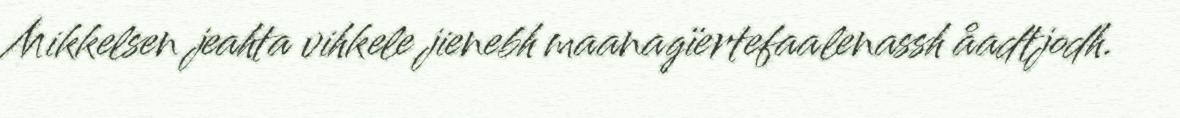
Mikkelsen jeahta vihkele jienebh maanagïertefaalenassh åadtjodh.